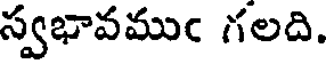
స్వభావముఁ గలది.